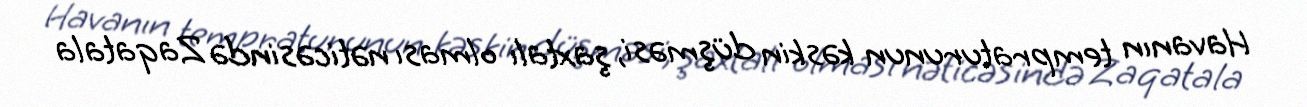
Havanın tempraturunun kəskin düşməsi, şaxtalı olması nəticəsində Zaqatala